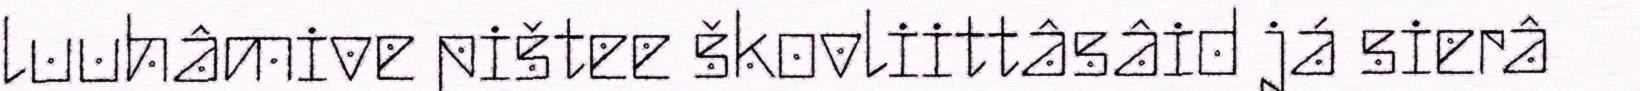
luuhâmive pištee škovliittâsâid já sierâ